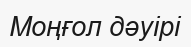
Моңғол дәуірі